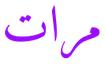
مرات